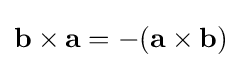
\mathbf {b} \times \mathbf {a} =-(\mathbf {a} \times \mathbf {b} )